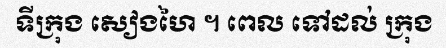
ទីក្រុង សៀងហៃ ។ ពេល ទៅដល់ ក្រុង